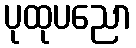
ပုထုပညော